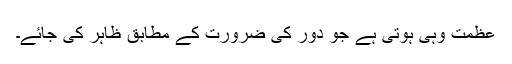
عظمت وہی ہوتی ہے جو دور کی ضرورت کے مطابق ظاہر کی جائے۔